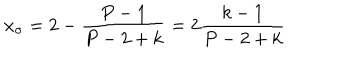
LaTeX: x _ { \sigma } = 2 - \frac { P - 1 } { P - 2 + k } = 2 \frac { k - 1 } { P - 2 + k }